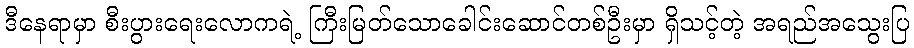
ဒီနေရာမှာ စီးပွားရေးလောကရဲ့ ကြီးမြတ်သောခေါင်းဆောင်တစ်ဦးမှာ ရှိသင့်တဲ့ အရည်အသွေးပြ